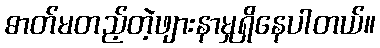
ဓာတ်မတည့်တဲ့ဖျားနာမှုရှိနေပါတယ်။